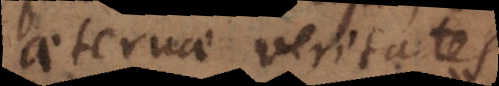
aeternae veritates